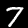
Label: 7